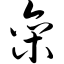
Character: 栾